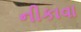
નીકાવા